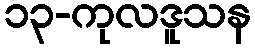
၁၃-ကုလဒူသန